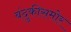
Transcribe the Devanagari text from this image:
बंदुकीसमोर